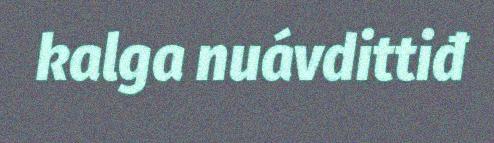
kalga nuávdittiđ